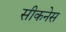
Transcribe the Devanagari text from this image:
सीकनेस